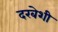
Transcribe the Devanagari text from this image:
दरबेशी